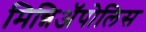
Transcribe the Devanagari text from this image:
मिन्निअॅपोलिस